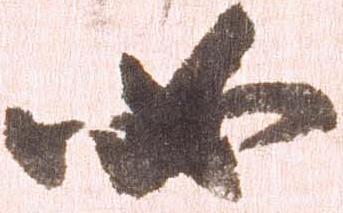
如